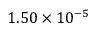
1 . 5 0 \times 1 0 ^ { - 5 }